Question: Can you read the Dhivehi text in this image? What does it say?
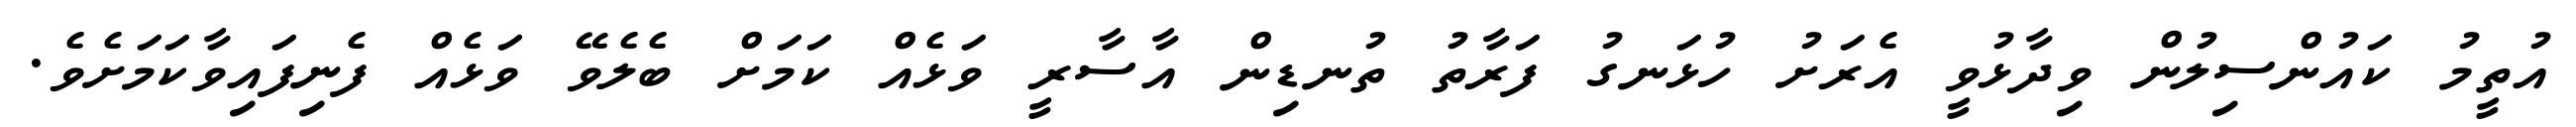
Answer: އުތީމު ކައުންސިލުން ވިދާޅުވީ އެރަށު ހުޅަނގު ފަރާތު ތުނޑިން އާސާރީ ވަޅެއް ކަމަށް ބެލެވޭ ވަޅެއް ފެނިފައިވާކަމަށެވެ.